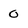
Character: 0